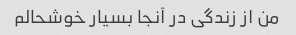
من از زندگی در آنجا بسیار خوشحالم